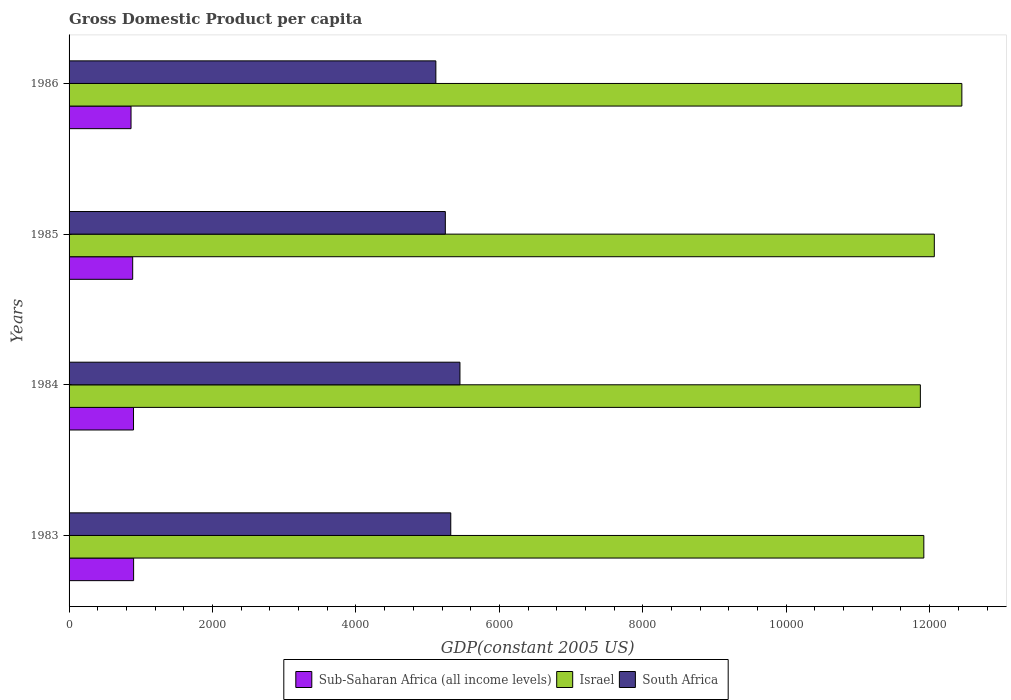
| Years | Sub-Saharan Africa (all income levels) | Israel | South Africa |
 | --- | --- | --- | --- |
 | 1983 | 900 | 1.19e+04 | 5.32e+03 |
 | 1984 | 899 | 1.19e+04 | 5.45e+03 |
 | 1985 | 887 | 1.21e+04 | 5.25e+03 |
 | 1986 | 864 | 1.24e+04 | 5.11e+03 |